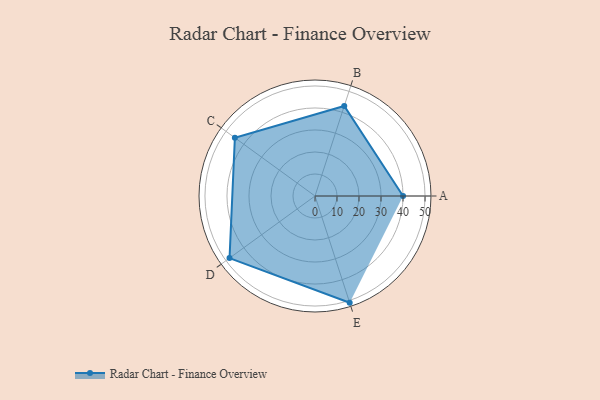
{"axis": {"x": "Skill", "y": "Score"}, "legend": ["Profile"], "data": [{"x": "A", "y": 40.0, "type": "Profile"}, {"x": "B", "y": 43.0, "type": "Profile"}, {"x": "C", "y": 45.0, "type": "Profile"}, {"x": "D", "y": 48.0, "type": "Profile"}, {"x": "E", "y": 51.0, "type": "Profile"}]}